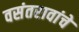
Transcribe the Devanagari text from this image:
वसंतरावांचे